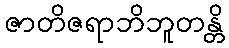
ဇာတိဇရာဘိဘူတန္တိ